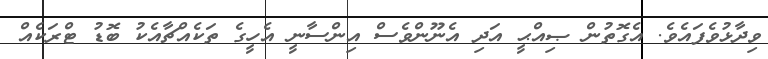
ވިދާޅުވެފައެވެ. އެގޮތުން ޞިއްޙީ އަދި އެނޫންވެސް އިންސާނީ އެހީގެ ތަކެއްޗާއެކު ބޮޑު ޓްރަކެއް